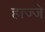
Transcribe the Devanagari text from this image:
हाज्जे